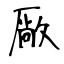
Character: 厰